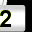
Digit: 2